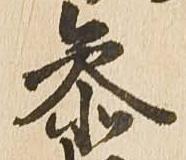
参